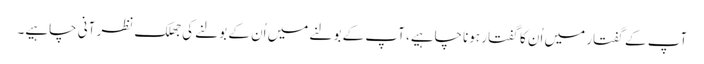
آپ کے گفتار میں اُن کا گفتار ہوناچاہیے، آپ کے بولنے میں اُن کے بولنے کی جھلک نظر آنی چاہیے۔